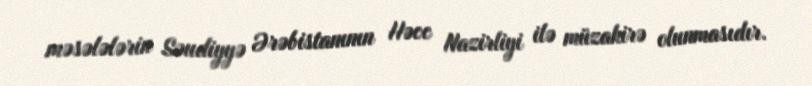
məsələlərin Səudiyyə Ərəbistanının Həcc Nazirliyi ilə müzakirə olunmasıdır.